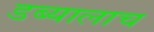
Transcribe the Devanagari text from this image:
डब्यालाच